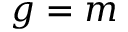
g = m